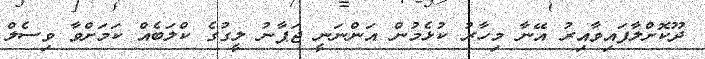
ދޫކޮށްލާފައިވާއިރު އޭނާ މިހާރު ކުޅެމުން އަންނަނީ ޖަޕާނު ލީގުގެ ކްލަބެއް ކަމަށްވާ ވިސެލް